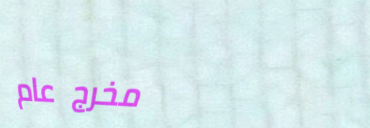
مخرج عام